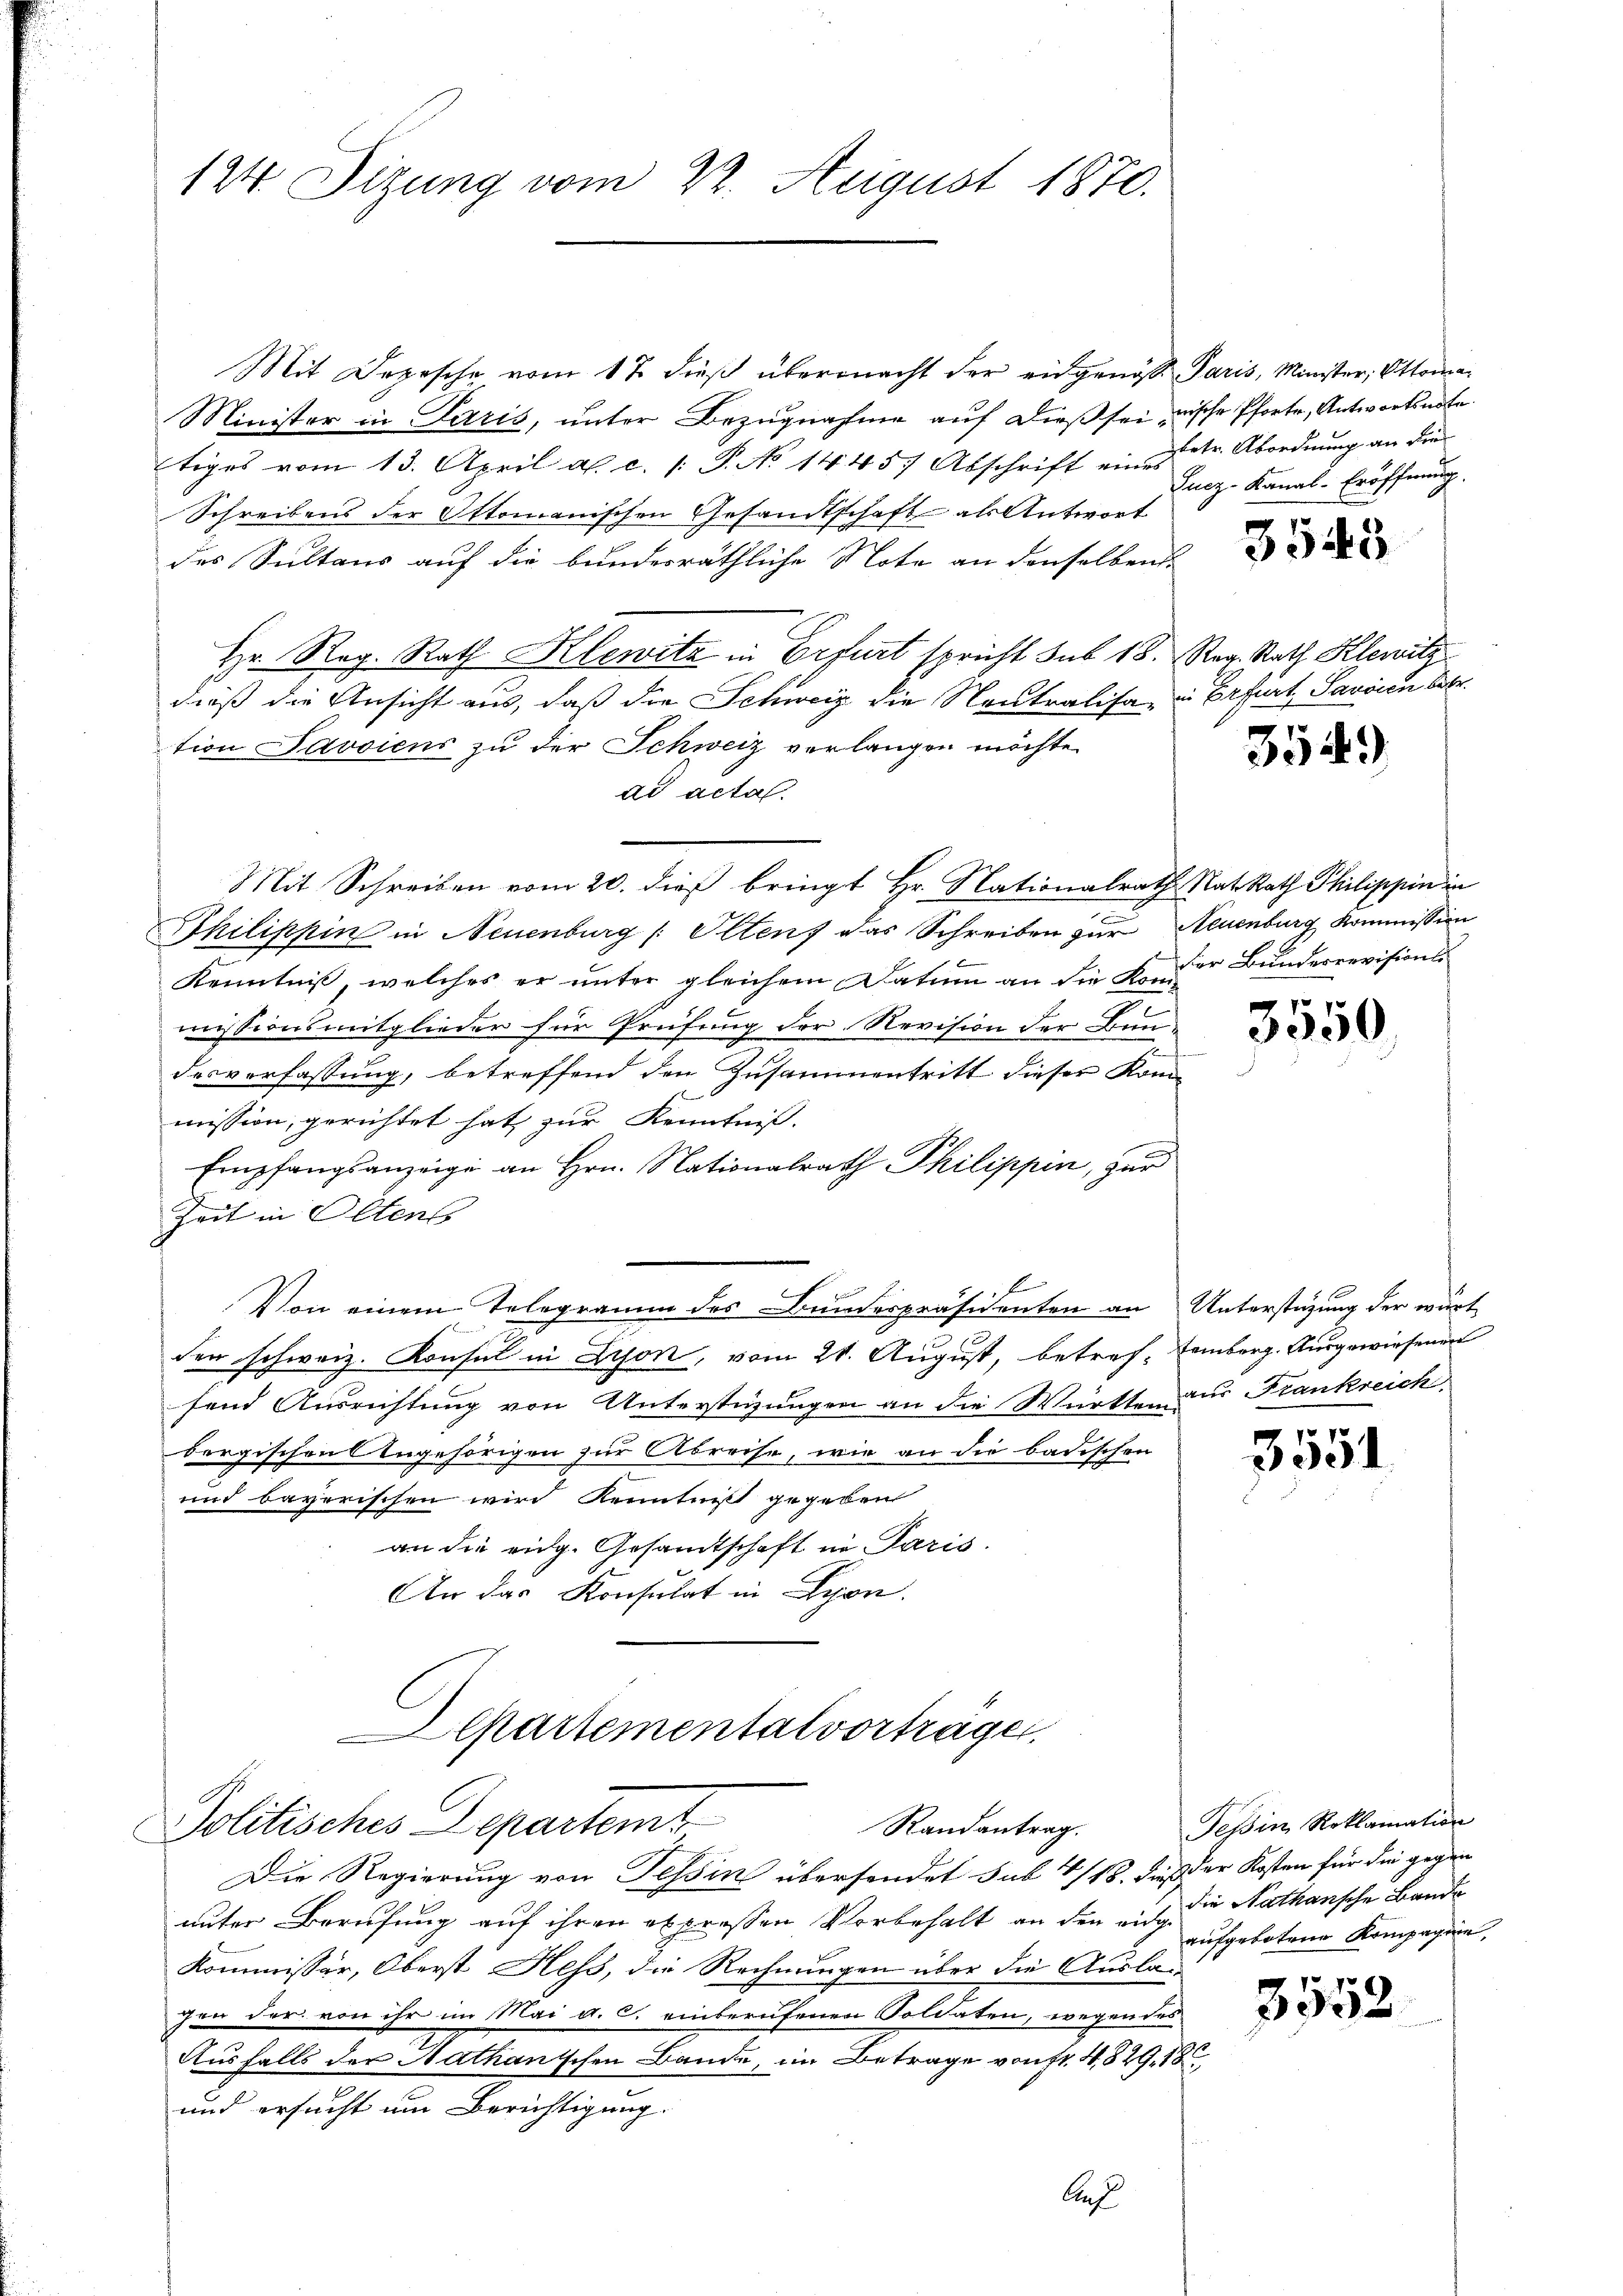
124. Sizung vom 22. August 1870.

Mit Depesche vom 17. dieβ übermacht der eidgenöss Paris, Minister, Ottoma¬
Minister in Paris, unter Bezugnahme auf dieß sei mische Pforte, Antwortsnote
tiges vom 13. April a. c. /: P. No 14457 Abschrift ein u. tr. Abordnung an die
Schreibens der Ottomanischen Gesandtschaft als Antwort
des Sultans auf die bundesräthliche Note an denselben
Hr. Reg. Rath Klowitz in Erfurt spricht sub 18. Reg. Rath Klewitz
dieß die Ansicht aus, daß die Schweiz die Neutralisa, in Erfurt, Savoicu betr.
tion Javsiens zu der Schweiz verlangen möchte.
ad acta.
Mit Schreiben vom 20. dieß bringt Hr. Nationalrath Rat. Rath Philippin in

Philippin in Neuenburg / Olten, das Schreiben zur Neuenburg Kommission
Kenntniß, welches er unter gleichem Datum an die E. Der Bunderrevisions
missionsmitglieder für Prüfung der Revision der Bun-
desverfassung, betreffend den Zusammentritt dieser Kommission, gerichtet hat, zur Kenntniß.
Empfangsanzeige an Hrn. Nationalrath Philippen, zur
Zeit in Oltens
E
Von einem Telegramm des Bundespräsidenten an Unterstüzung der wärt
der schweiz. Konsul in Lyon, vom 21. August, betref- Eemberg. Ausgewiesenen
fend Ausrichtung von Unterstüzungen an die Württen aus Frankreich
Dergischen Angehörigen zur Abreise, wie an die badischen
und bayerischen wird Kennticht gegeben
an die eidg. Gesandtschaft in Paris.
An das Konsulat in Lyon.
Departementat vorträge
Politisches Departemt
Randantrag.
Die Regierung von Tessin übersendet sub 1/18. dies der Kosten für die gegen
unter Berufung auf ihren expressen Vorbehalt an den die Nathansche Bande
Kommissär, Oberst Hess, die Rechnungen über die Auslagen der von ihr im Mai a. c. einberufenen Soldaten, wegen des
Ausfalls der Kathanischen Bande, ein Betrage von fr. 4829, 18
und ersucht um Berichtigung.

Auf

Fucz-Kanal-Eröffnung.

3545

3549)

xx
3300

3551

Tessin Roklamation
aufgebotene Kompagnie,

3552